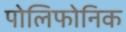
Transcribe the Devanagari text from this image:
पोलिफोनिक